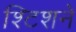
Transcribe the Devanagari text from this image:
श्टिशने